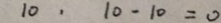
1 0 , 1 0 - 1 0 = 0